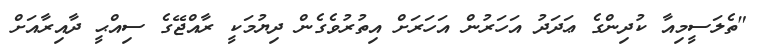
"ތެލަސީމިއާ ކުދިންގެ ޢަދަދު އަހަރުން އަހަރަށް އިތުރުވެގެން ދިޔުމަކީ ރާއްޖޭގެ ސިއްޙީ ދާއިރާއަށް